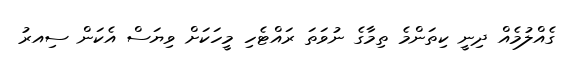
ގެއްލުމެއް ދިނީ ކިތަންމެ ތިމާގެ ނުވަތަ ރައްޓެހި މީހަކަށް ވިޔަސް އެކަން ސިއރު